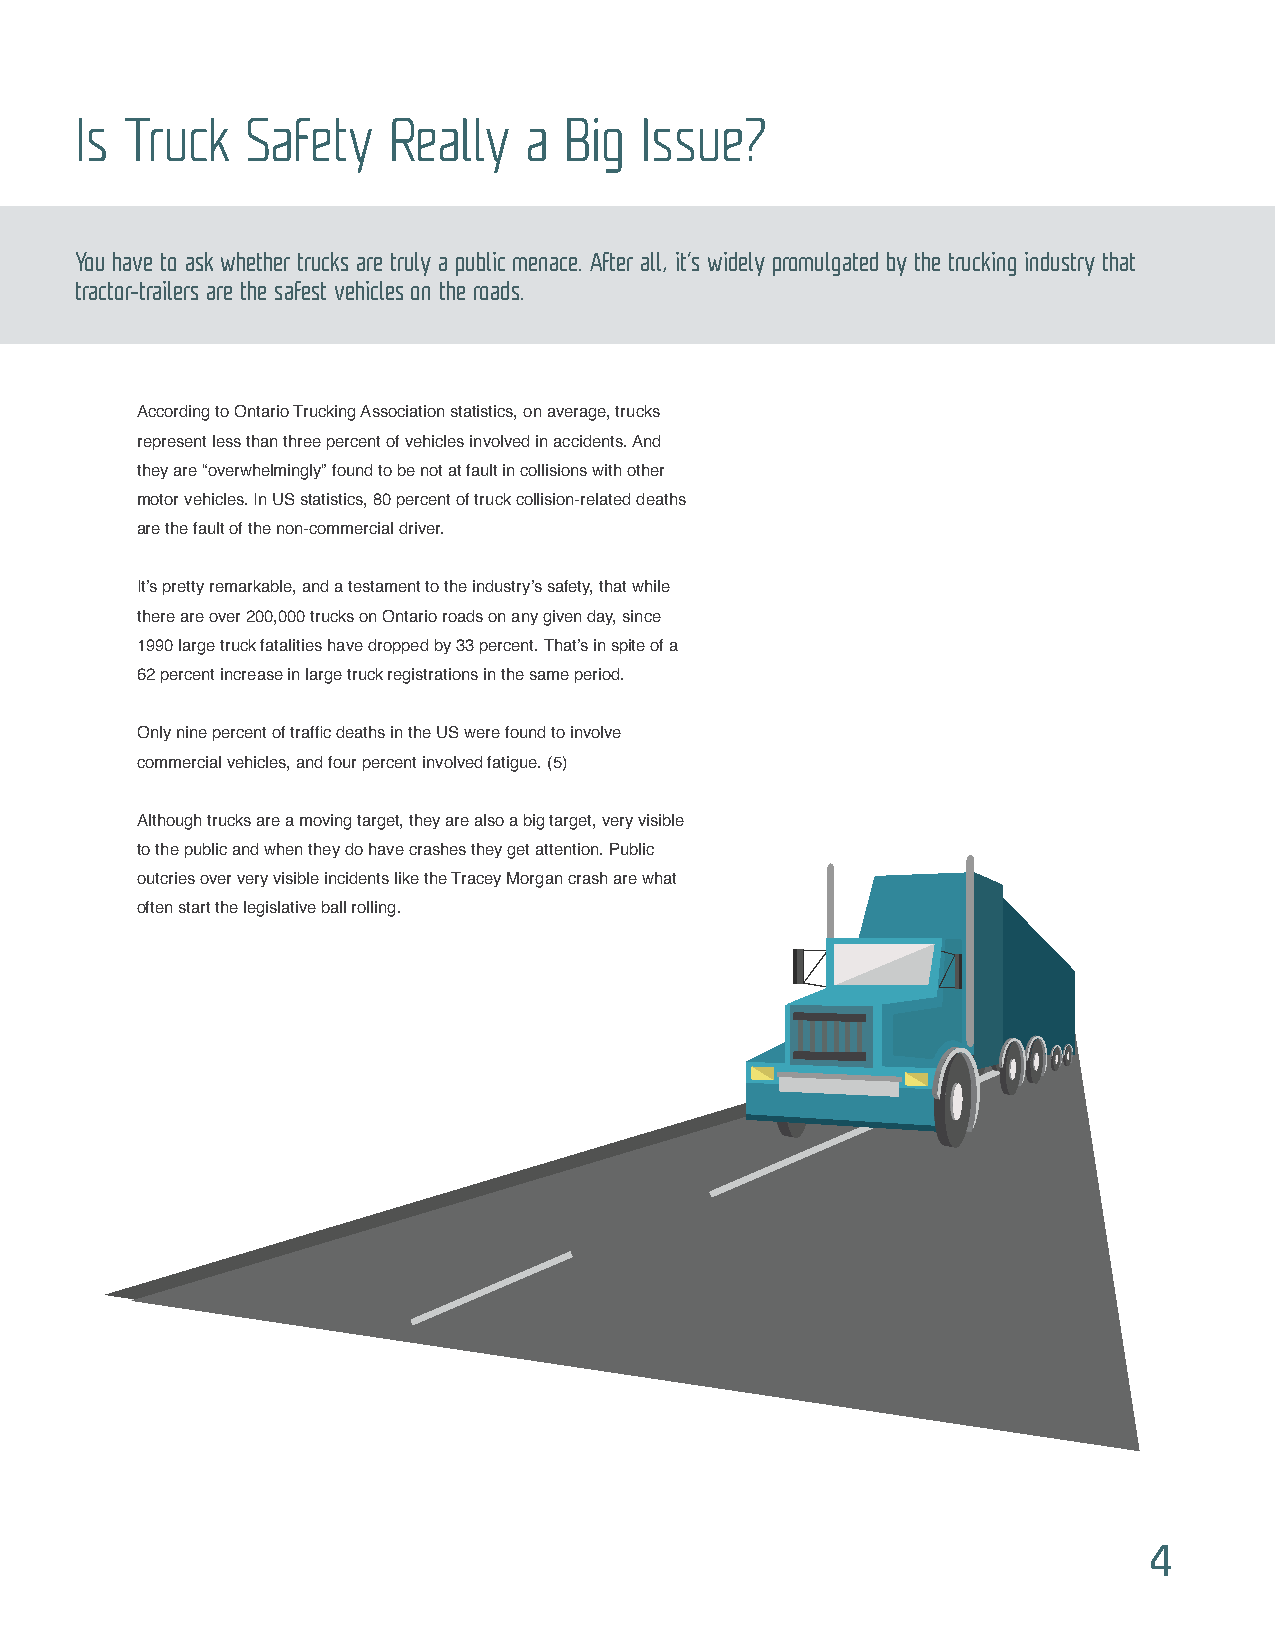
Is Truck   Safety    Really   a Big  Issue?
 You have to ask whether trucks are truly a public menace. After all, it’s widely promulgated by the trucking industry that
 tractor-trailers are the safest vehicles on the roads.
 According to Ontario Trucking Association statistics, on average, trucks
 represent less than three percent of vehicles involved in accidents. And
 they are “overwhelmingly” found to be not at fault in collisions with other
 motor vehicles. In US statistics, 80 percent of truck collision-related deaths
 are the fault of the non-commercial driver.
 It’s pretty remarkable, and a testament to the industry’s safety, that while
 there are over 200,000 trucks on Ontario roads on any given day, since
 1990 large truck fatalities have dropped by 33 percent. That’s in spite of a
 62 percent increase in large truck registrations in the same period.
 Only nine percent of traffic deaths in the US were found to involve
 commercial vehicles, and four percent involved fatigue. (5)
 Although trucks are a moving target, they are also a big target, very visible
 to the public and when they do have crashes they get attention. Public
 outcries over very visible incidents like the Tracey Morgan crash are what
 often start the legislative ball rolling.
 4